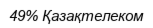
49% Қазақтелеком